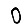
Digit: 0